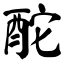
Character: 酡